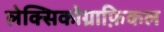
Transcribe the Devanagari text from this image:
लेक्सिकोग्राफ़िकल